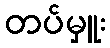
တပ်မှူး